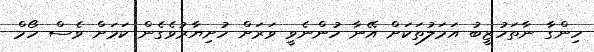
ހިންގާ ނާތަހުޒީބު އަމަލުތަކަށް އޭނާ ހުންނެވީ ވަރަށް ހުށިޔާރުވެގެން ކަމަށް ވެސް ހޯމް